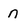
Character: n